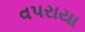
વપરાયા